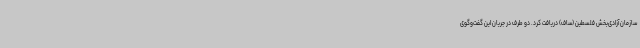
سازمان آزادی‌بخش فلسطین (ساف) دریافت کرد. دو طرف در جریان این گفت‌وگوی